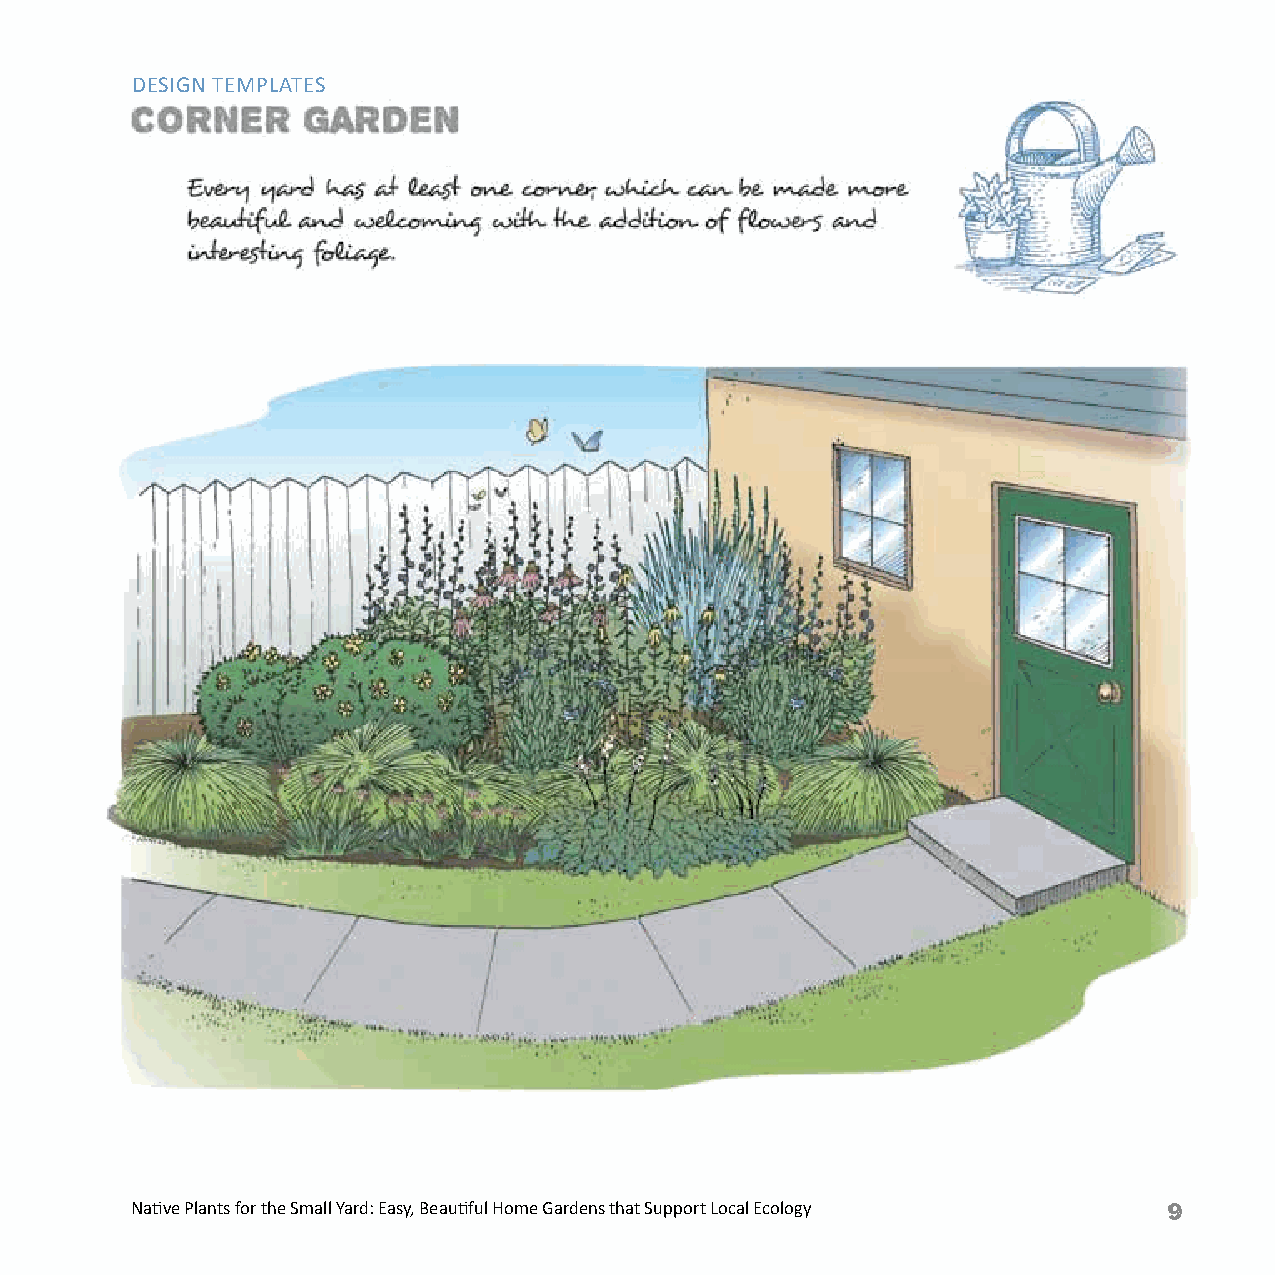
DESIGN TEMPLATES
 Native Plants for the Small Yard: Easy, Beautiful Home Gardens that Support Local Ecology Native Plants for the Small Yard: Easy, Beautiful Home Gardens that Support Local Ecology 9